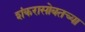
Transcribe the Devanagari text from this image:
शंकरासोबतच्या